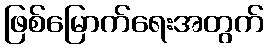
ဖြစ်မြောက်ရေးအတွက်